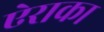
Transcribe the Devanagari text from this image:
ऐराका